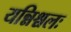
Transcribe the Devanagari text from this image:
यन्निश्चलः